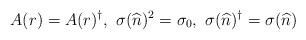
LaTeX: \begin{align*}A(r) = A(r)^\dagger,~\sigma(\widehat{n})^2 = \sigma_0,~\sigma(\widehat{n})^\dagger = \sigma(\widehat{n})\end{align*}